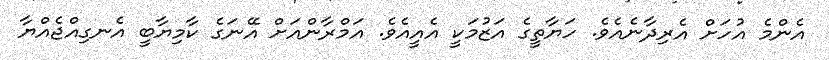
އެންމެ އުހަށް އެރިދާނެއެވެ. ހަޔާތީގެ އަޒުމަކީ އެއީއެވެ. އަމްރާންއަށް އޭނަގެ ކާމިޔާބީ އެނގިއްޖެއްޔާ